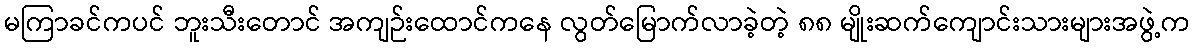
မကြာခင်ကပင် ဘူးသီးတောင် အကျဉ်းထောင်ကနေ လွတ်မြောက်လာခဲ့တဲ့ ၈၈ မျိုးဆက်ကျောင်းသားများအဖွဲ့က